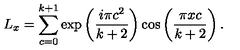
L _ { x } = \sum _ { c = 0 } ^ { k + 1 } \exp \left( \frac { i \pi c ^ { 2 } } { k + 2 } \right) \cos \left( \frac { \pi x c } { k + 2 } \right) .